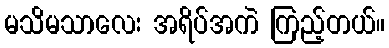
မသိမသာလေး အရိပ်အကဲ ကြည့်တယ်။